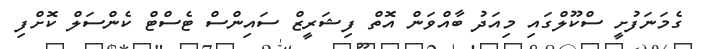
ގެމަނަފުށީ ސްކޫލްގައި މިއަދު ބާއްވަން އޮތް ފިޝަރީޒް ސައިންސް ޓެސްޓް ކެންސަލް ކޮށްފި